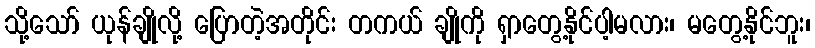
သို့သော် ယုန်ချိုလို့ ပြောတဲ့အတိုင်း တကယ် ချိုကို ရှာတွေ့နိုင်ပါ့မလား၊ မတွေ့နိုင်ဘူး၊